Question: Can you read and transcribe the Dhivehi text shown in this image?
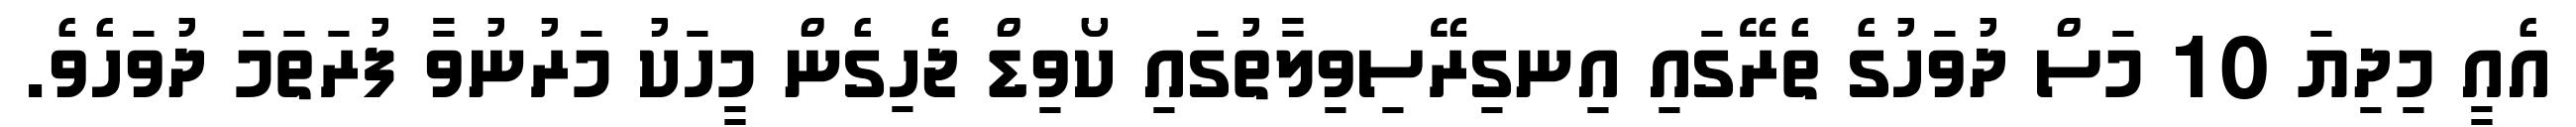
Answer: އެއީ މިދިޔަ 10 މަސް ދުވަހުގެ ތެރޭގައި އިނގިރޭސިވިލާތުގައި ކޯވިޑް ޖެހިގެން މީހަކު މަރުނުވާ ފުރަތަމަ ދުވަހެވެ.